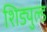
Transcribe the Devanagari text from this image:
शिड्युल्ड